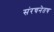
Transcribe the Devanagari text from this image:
संरचनेतच